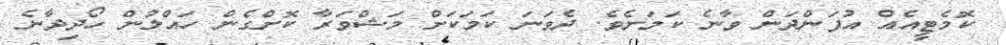
ކޮމެޓީއެއް އުފަންދަން ވާނެ ކަމަށެވެ. ދެވަނަ ކަމަކަށް މަޝްވަރާ ކޮށްގެން ހައްލުން ހޯދިދާނެ